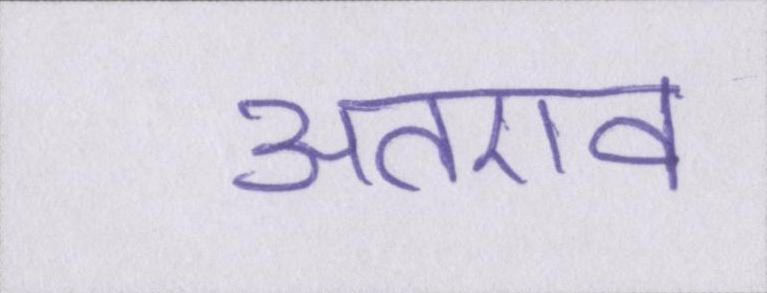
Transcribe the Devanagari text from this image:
अतएव